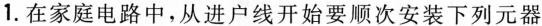
1.在家庭电路中，从进户线开始要顺次安装下列元器